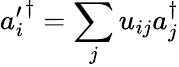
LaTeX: {a_{i}^{\prime}}^{\dagger}=\sum_{j}u_{ij}a_{j}^{\dagger}